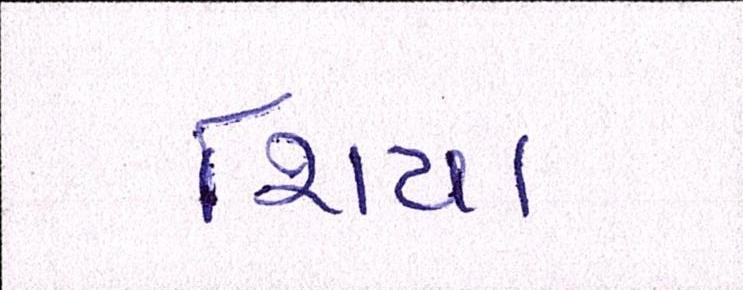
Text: શિયા